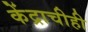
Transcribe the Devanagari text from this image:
केंद्राचीही